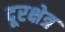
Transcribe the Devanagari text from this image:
दूरक्षेत्र